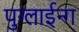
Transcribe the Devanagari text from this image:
पुग्लाईन्ग